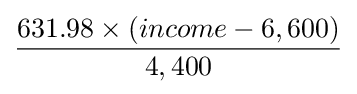
631.98\times (income-6,600) \over 4,400